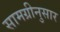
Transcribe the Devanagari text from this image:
सामग्रीनुसार